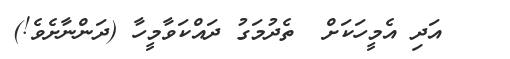
އަދި އެމީހަކަށް  ތެދުމަގު ދައްކަވާމީހާ (ދަންނާށެވެ!)